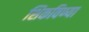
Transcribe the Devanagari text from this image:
शिकविण्या